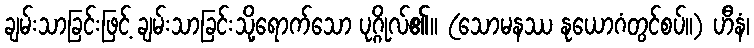
ချမ်းသာခြင်းဖြင့် ချမ်းသာခြင်းသို့ရောက်သော ပုဂ္ဂိုလ်၏။ (သောမနဿ နုယောဂံတွင်စပ်။) ဟီနံ၊